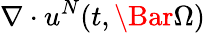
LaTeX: \nabla\cdot u^{N}(t,\Bar{\Omega})